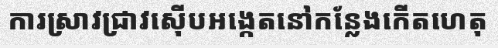
ការស្រាវជ្រាវស៊ើបអង្កេតនៅកន្លែងកើតហេតុ